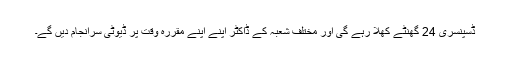
ڈسپنسری 24 گھنٹے کھلا رہے گی اور مختلف شعبہ کے ڈاکٹر اپنے اپنے مقررہ وقت پر ڈیوٹی سرانجام دیں گے۔